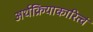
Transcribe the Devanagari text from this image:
अर्थक्रियाकारित्वं